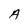
Character: A